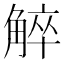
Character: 䚝